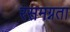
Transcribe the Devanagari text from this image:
रसमग्नता